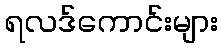
ရလဒ်ကောင်းများ